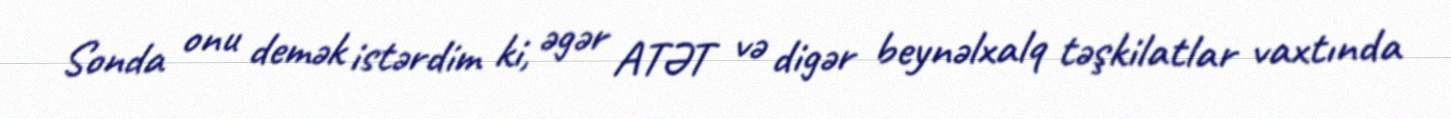
Sonda onu demək istərdim ki, əgər ATƏT və digər beynəlxalq təşkilatlar vaxtında